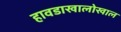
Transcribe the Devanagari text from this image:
हावडाखालोखाल